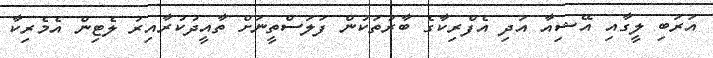
އަރަބި ލީގާއި އޭޝިއާ އަދި އެފްރިކާގެ ބާރުތަކުން ފަލަސްތީނަށް ތާއީދުކުރާއިރު ލެޓިން އެމެރިކާ